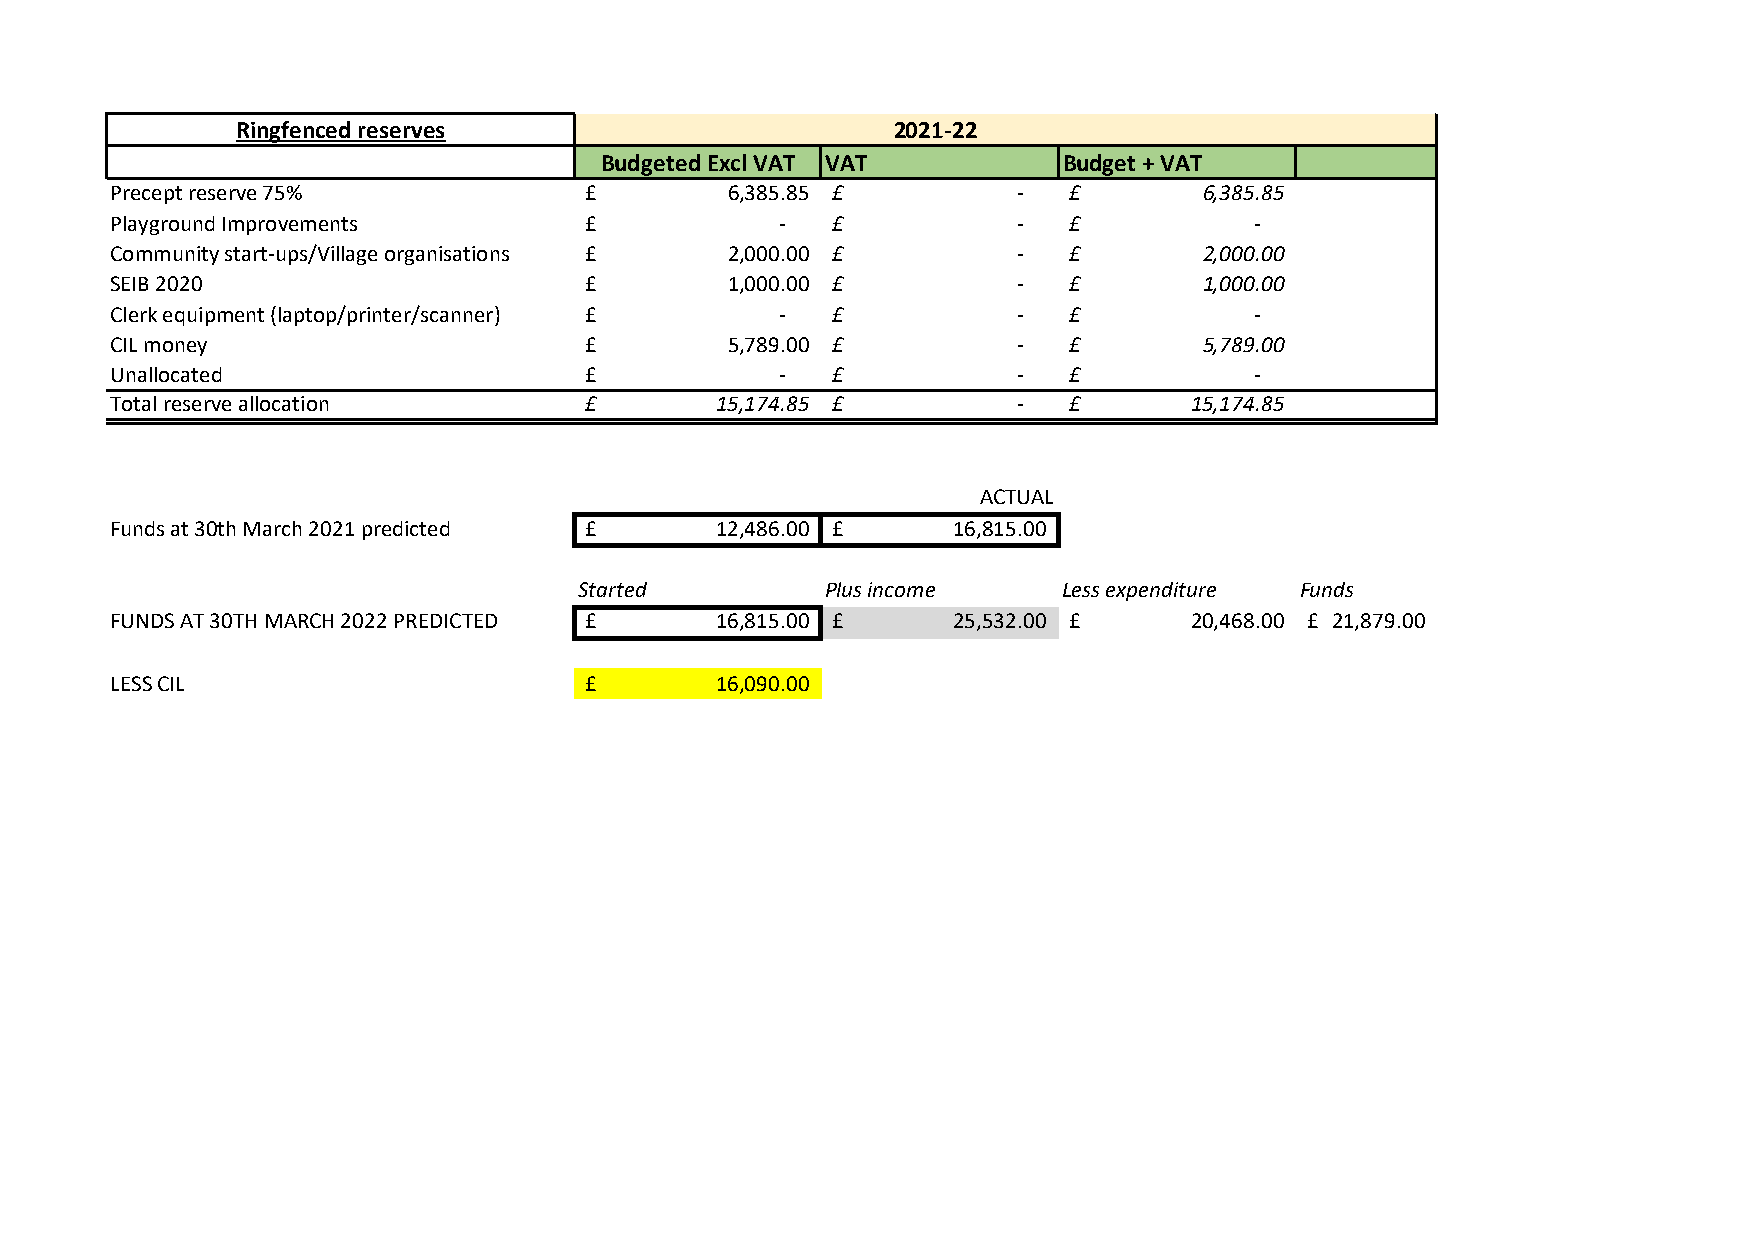
Ringfenced reserves                        2021-22
 Budgeted Excl VAT VAT         Budget + VAT
 Precept reserve 75%             £        6 ,385.85 £        -   £        6,385.85
 Playground Improvements         £            -  £           -   £           -
 Community start-ups/Village organisations £ 2 ,000.00 £     -   £        2,000.00
 SEIB 2020                       £        1 ,000.00 £        -   £        1,000.00
 Clerk equipment (laptop/printer/scanner) £   -  £           -   £           -
 CIL money                       £        5 ,789.00 £        -   £        5,789.00
 Unallocated                     £            -  £           -   £           -
 Total reserve allocation        £       15,174.85 £         -   £       15,174.85
 ACTUAL
 Funds at 30th March 2021 predicted £    12,486.00 £     1 6,815.00
 Started          Plus income    Less expenditure Funds
 FUNDS AT 30TH MARCH 2022 PREDICTED £    16,815.00 £     2 5,532.00 £    2 0,468.00 £ 21,879.00
 LESS CIL                        £       16,090.00